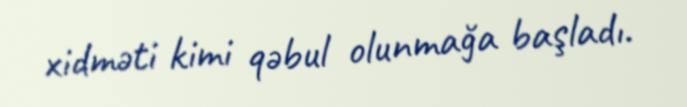
xidməti kimi qəbul olunmağa başladı.